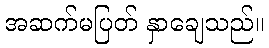
အဆက်မပြတ် နှာချေသည်။